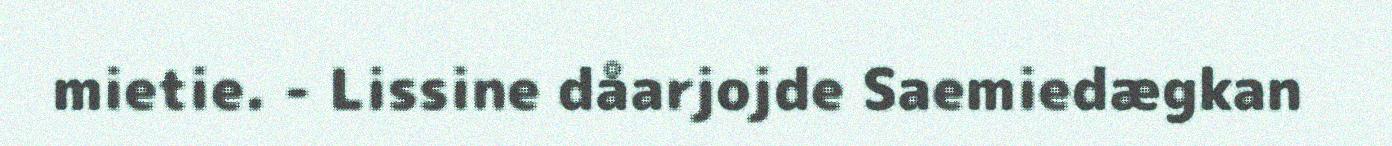
mietie. - Lissine dåarjojde Saemiedægkan